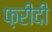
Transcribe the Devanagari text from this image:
फ़रीदी